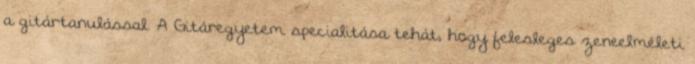
a gitártanulással. A Gitáregyetem specialitása tehát, hogy felesleges zeneelméleti